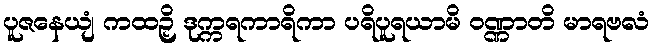
ပူဇနေယျံ ကထဉှိ ဒုက္ကရကာရိကာ ပရိပူရယာမိ ဝဏ္ဏာတိ မာရဗလံ